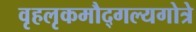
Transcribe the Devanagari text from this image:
वृहलृकमौद्गल्यगोत्रे